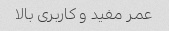
عمر مفید و کاربری بالا